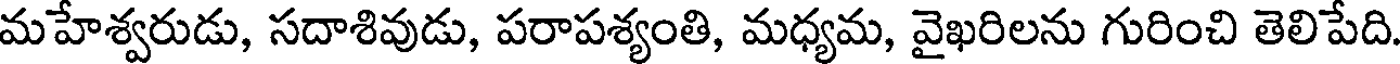
మహేశ్వరుడు, సదాశివుడు, పరాపశ్యంతి, మధ్యమ, వైఖరిలను గురించి తెలిపేది